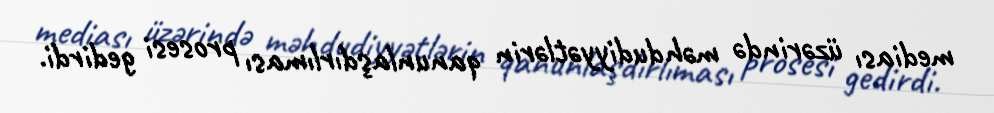
mediası üzərində məhdudiyyətlərin qanunlaşdırlıması prosesi gedirdi.